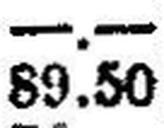
89.50